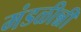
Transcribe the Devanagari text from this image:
मंडळीन्नी